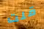
قلت